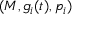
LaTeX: ( M , g _ { i } ( t ) , p _ { i } )